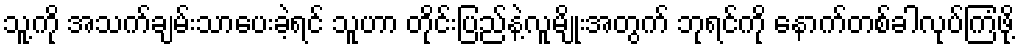
သူ့ကို အသက်ချမ်းသာပေးခဲ့ရင် သူဟာ တိုင်းပြည်နဲ့လူမျိုးအတွက် ဘုရင်ကို နောက်တစ်ခါလုပ်ကြံဖို့